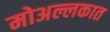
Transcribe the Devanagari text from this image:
मोअल्लकात